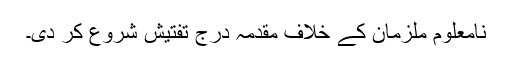
نامعلوم ملزمان کے خلاف مقدمہ درج تفتیش شروع کر دی۔